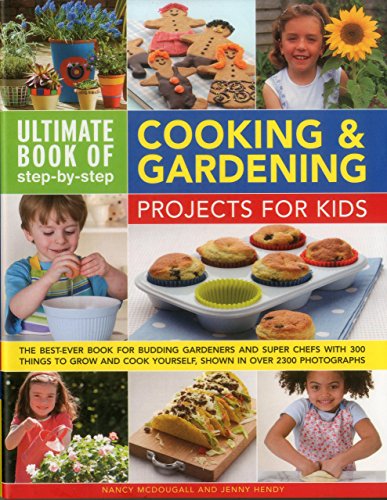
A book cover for Ultimate Book of Step-by-Step Cooking & Gardening Projects for Kids: The Best-Ever Book For Budding Gardeners And Super Chefs With 300 Things To Grow And Cook Yourself, Shown In Over 2300 Photographs; Nancy McDougall; Teen & Young Adult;